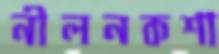
নীলনকশা